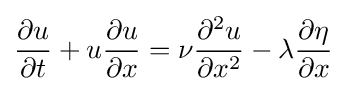
{\frac {\partial u}{\partial t}}+u{\frac {\partial u}{\partial x}}=\nu {\frac {\partial ^{2}u}{\partial x^{2}}}-\lambda {\frac {\partial \eta }{\partial x}}